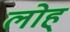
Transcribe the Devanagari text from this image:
लोह्